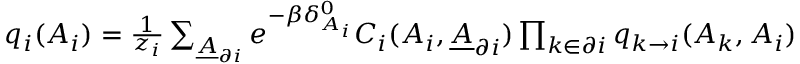
\begin{array} { r } { q _ { i } ( A _ { i } ) = \frac { 1 } { z _ { i } } \sum _ { \underline { { A } } _ { \partial i } } e ^ { - \beta \delta _ { A _ { i } } ^ { 0 } } C _ { i } ( A _ { i } , \underline { { A } } _ { \partial i } ) \prod _ { k \in \partial i } q _ { k \rightarrow i } ( A _ { k } , A _ { i } ) } \end{array}